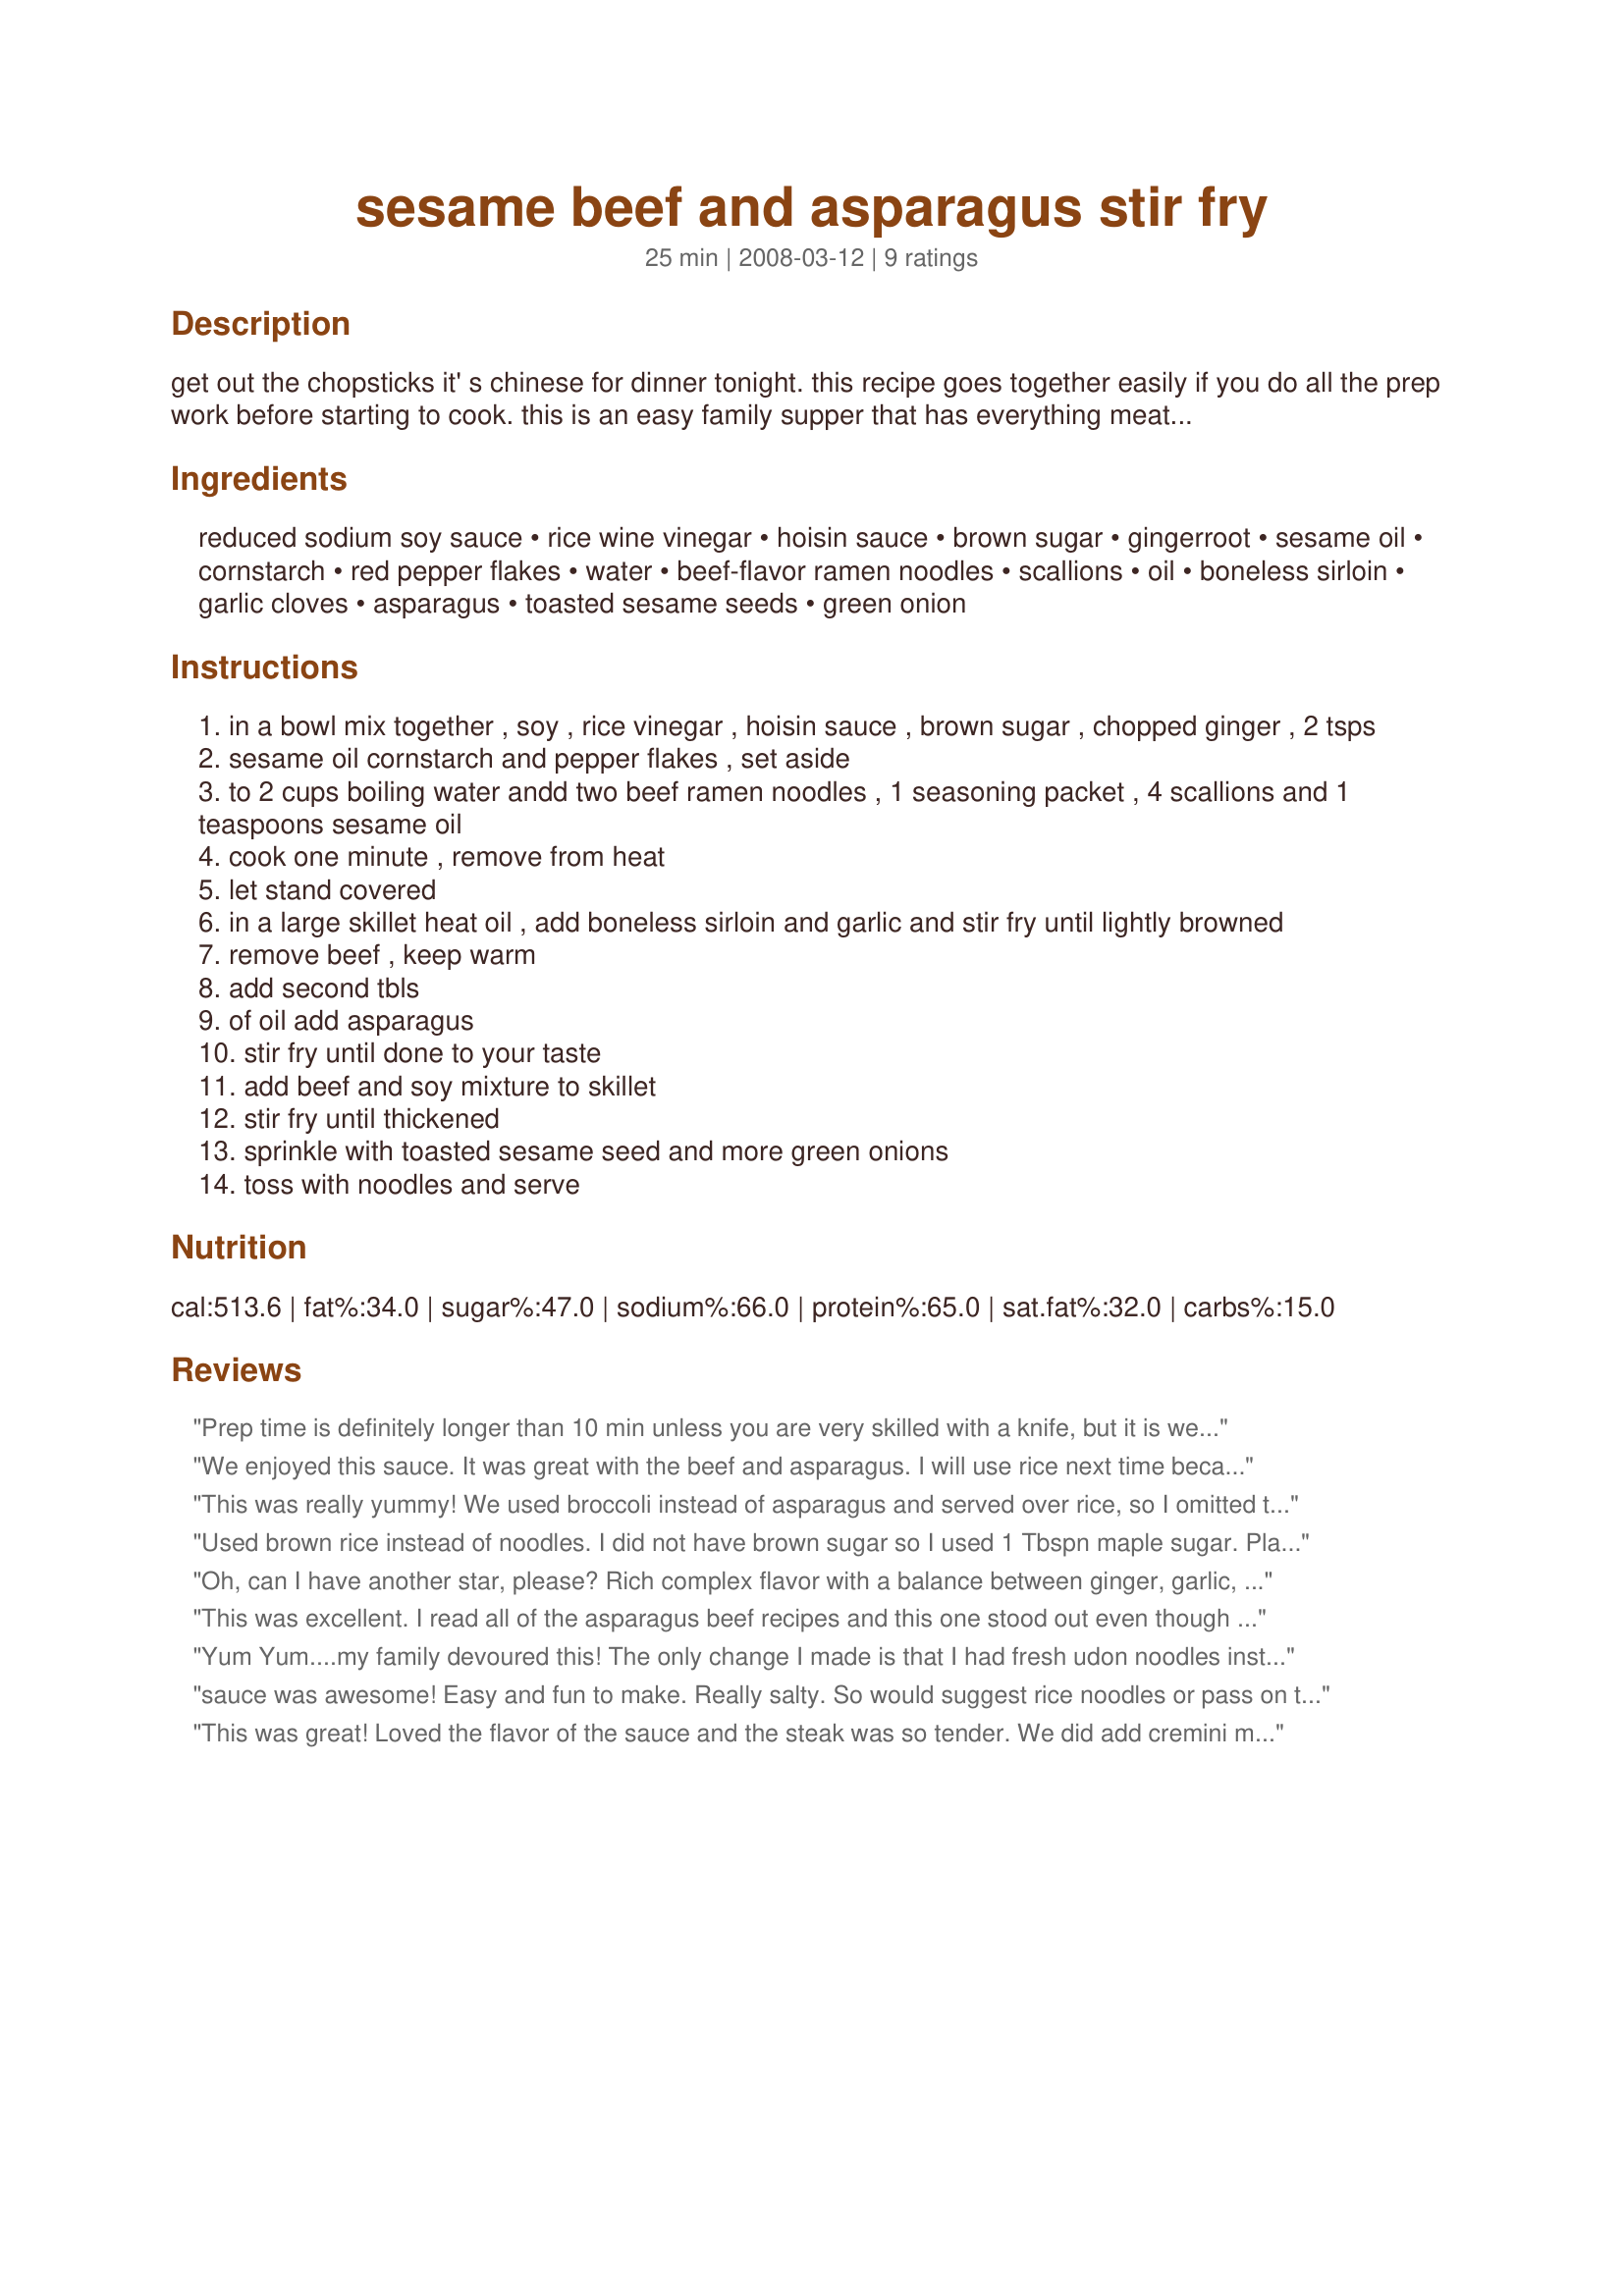
sesame beef and asparagus stir fry
Preparation time: 25 minutes

get out the chopsticks it' s chinese for dinner tonight. this recipe goes together easily if you do all the prep work before starting to cook. this is an easy family supper that has everything meat, side and vegetable in one dish.

Ingredients:
reduced sodium soy sauce, rice wine vinegar, hoisin sauce, brown sugar, gingerroot, sesame oil, cornstarch, red pepper flakes, water, beef-flavor ramen noodles, scallions, oil, boneless sirloin, garlic cloves, asparagus, toasted sesame seeds, green onion

Steps:
in a bowl mix together , soy , rice vinegar , hoisin sauce , brown sugar , chopped ginger , 2 tsps
sesame oil cornstarch and pepper flakes , set aside
to 2 cups boiling water andd two beef ramen noodles , 1 seasoning packet , 4 scallions and 1 teaspoons sesame oil
cook one minute , remove from heat
let stand covered
in a large skillet heat oil , add boneless sirloin and garlic and stir fry until lightly browned
remove beef , keep warm
add second tbls
of oil add asparagus
stir fry until done to your taste
add beef and soy mixture to skillet
stir fry until thickened
sprinkle with toasted sesame seed and more green onions
toss with noodles and serve

Reviews:
Prep time is definitely longer than 10 min unless you are very skilled with a knife, but it is well worth the effort. Just enough kick from the red pepper flakes, and a really nice flavor. I've never added sesame seeds to a stir fry before, but they were an excellent finishing touch.
We enjoyed this sauce. It was great with the beef and asparagus. I will use rice next time because we didn't care much for the ramen noodles.
This was really yummy! We used broccoli instead of asparagus and served over rice, so I omitted the first few steps cooking the noodles. Went together quickly once I did all the prep work and cooked in the same amount of time as my rice so under 30 minutes...gotta love that!
Used brown rice instead of noodles. I did not have brown sugar so I used 1 Tbspn maple sugar. Plan on using some mushrooms next time. Loved the sauce.
Oh, can I have another star, please? Rich complex flavor with a balance between ginger, garlic, hoisin sauce, and sesame, and we love asparagus to begin with. Have everything set up before starting to cook, because the steps come thick and fast once the heat is turned on. I did use more beef than listed because of the size of the package that came out of the freezer, and the amounts in the recipe would have been a better balance. Excellent! Made for PAC, March 2008.
This was excellent. I read all of the asparagus beef recipes and this one stood out even though it didn't have the highest rating. Hoisin sauce, red pepper flakes, sesame oil and lots of garlic always guarantee a great dish with lots of flavor. The family all said, "This one's a keeper!" I substituted fresh chow mein noodles for the ramen noodles (and seasoning packet) to cut the sodium.
Yum Yum....my family devoured this! The only change I made is that I had fresh udon noodles instead of ramen. Thanks
sauce was awesome! Easy and fun to make. Really salty. So would suggest rice noodles or pass on the ramen seasoning. We added mushroom which was perfect. Will prob try again with chicken.
This was great! Loved the flavor of the sauce and the steak was so tender. We did add cremini mushrooms with the asparagus. It was fantastic!
My husband wants to try it next time with shrimp and have it over our Korean rice. That sounds good too! This dish is so versatile!
